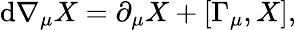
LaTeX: {\mathrm{d}}\nabla_{\mu}X=\partial_{\mu}X+\left[\Gamma_{\mu},X\right],